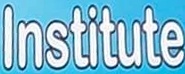
Institute